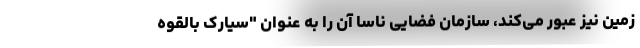
زمین نیز عبور می‌کند، سازمان فضایی ناسا آن را به عنوان "سیارک بالقوه